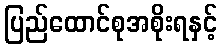
ပြည်ထောင်စုအစိုးရနှင့်